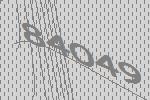
84049